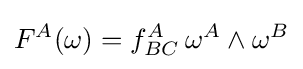
{\textstyle F^{A}(\omega )=f_{BC}^{A}\,\omega ^{A}\wedge \omega ^{B}}